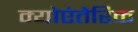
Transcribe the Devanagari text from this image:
म्योएंतेरिक